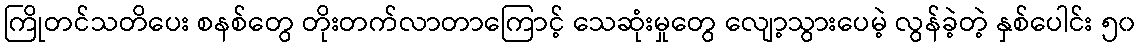
ကြိုတင်သတိပေး စနစ်တွေ တိုးတက်လာတာကြောင့် သေဆုံးမှုတွေ လျော့သွားပေမဲ့ လွန်ခဲ့တဲ့ နှစ်ပေါင်း ၅၀